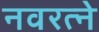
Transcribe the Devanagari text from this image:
नवरत्ने